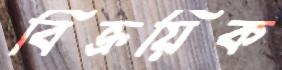
বিক্রয়িক